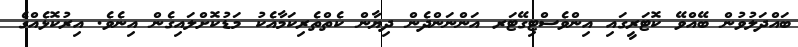
ބައްދަލުވުން ބޭއްވޭ ކޮޓަރީގައި އިންވެސްޓިގޭޓަރ އަންނަންދެން ދިޔާން ކެތްތެރިކަމާއެކު މަޑުކޮށްލައިގެން އިނެވެ. އިރުކޮޅެއްގެ